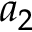
a _ { 2 }